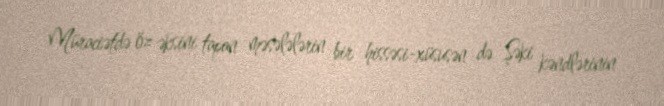
Müraciətdə öz əksini tapan məsələlərin bir hissəsi-xüsusən də Şəki kəndlərinin